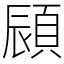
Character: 䫃